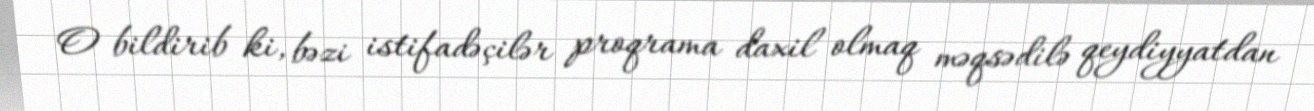
O bildirib ki, bəzi istifadəçilər proqrama daxil olmaq məqsədilə qeydiyyatdan